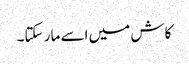
کاش میں اسے مار سکتا۔